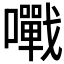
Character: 𡃹